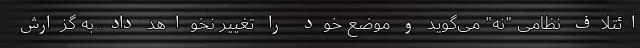
ائتلاف نظامی "نه" می‌گوید و موضع خود را تغییر نخواهد داد. به گزارش